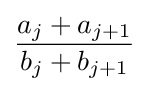
{\frac {a_{j}+a_{j+1}}{b_{j}+b_{j+1}}}